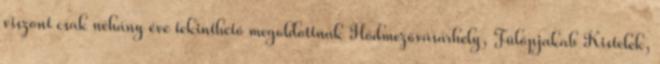
viszont csak néhány éve tekinthető megoldottnak Hódmezővásárhely, Fülöpjakab Kistelek,